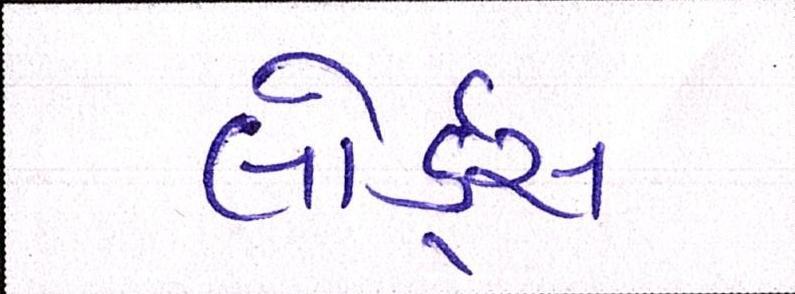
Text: લોર્ડ્સ